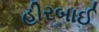
હીરબાઈ